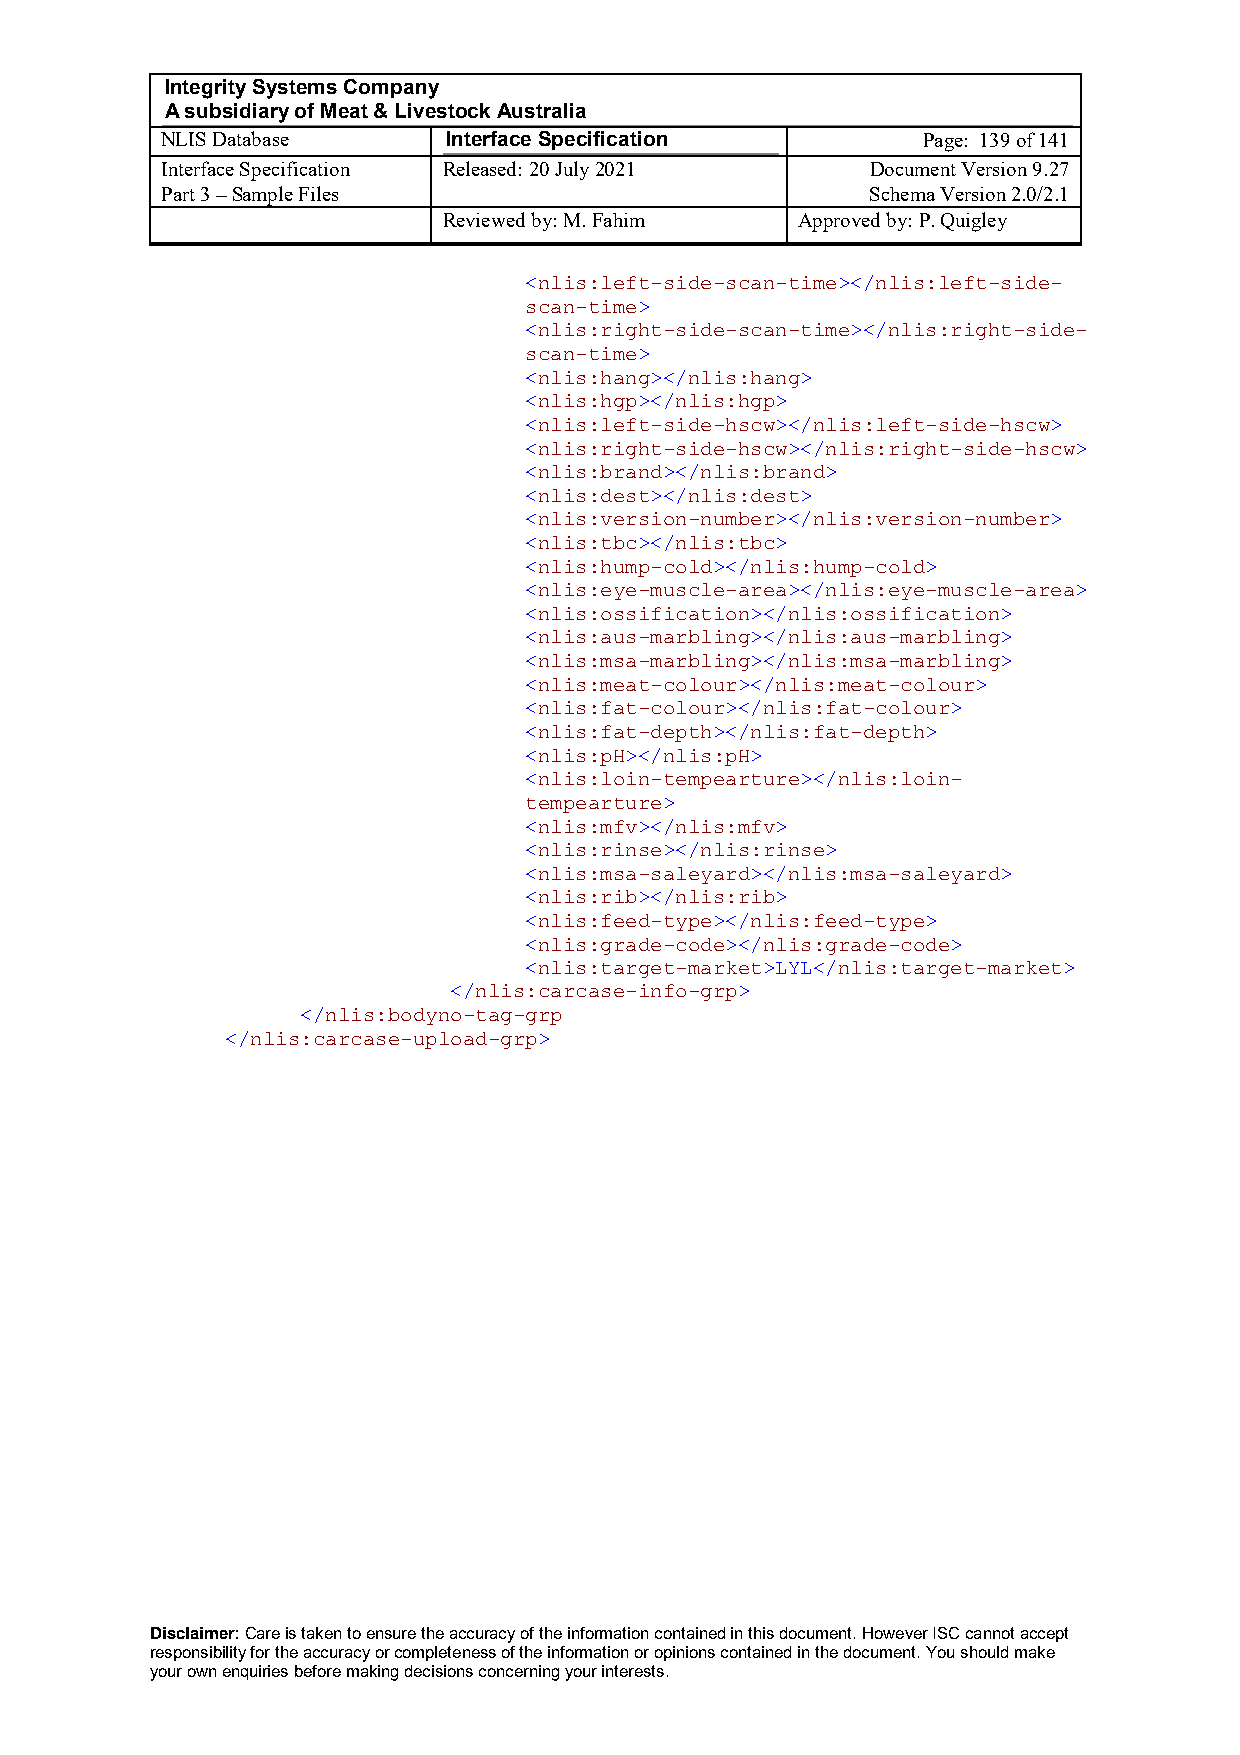
Integrity Systems Company
 A subsidiary of Meat & Livestock Australia
 NLIS Database      Interface Specification        Page: 139 of 141
 Interface Specification Released: 20 July 2021 Document Version 9.27
 Part 3 – Sample Files                          Schema Version 2.0/2.1
 Reviewed by: M. Fahim   Approved by: P. Quigley
 <nlis:left-side-scan-time></nlis:left-side-
 scan-time>
 <nlis:right-side-scan-time></nlis:right-side-
 scan-time>
 <nlis:hang></nlis:hang>
 <nlis:hgp></nlis:hgp>
 <nlis:left-side-hscw></nlis:left-side-hscw>
 <nlis:right-side-hscw></nlis:right-side-hscw>
 <nlis:brand></nlis:brand>
 <nlis:dest></nlis:dest>
 <nlis:version-number></nlis:version-number>
 <nlis:tbc></nlis:tbc>
 <nlis:hump-cold></nlis:hump-cold>
 <nlis:eye-muscle-area></nlis:eye-muscle-area>
 <nlis:ossification></nlis:ossification>
 <nlis:aus-marbling></nlis:aus-marbling>
 <nlis:msa-marbling></nlis:msa-marbling>
 <nlis:meat-colour></nlis:meat-colour>
 <nlis:fat-colour></nlis:fat-colour>
 <nlis:fat-depth></nlis:fat-depth>
 <nlis:pH></nlis:pH>
 <nlis:loin-tempearture></nlis:loin-
 tempearture>
 <nlis:mfv></nlis:mfv>
 <nlis:rinse></nlis:rinse>
 <nlis:msa-saleyard></nlis:msa-saleyard>
 <nlis:rib></nlis:rib>
 <nlis:feed-type></nlis:feed-type>
 <nlis:grade-code></nlis:grade-code>
 <nlis:target-market>LYL</nlis:target-market>
 </nlis:carcase-info-grp>
 </nlis:bodyno-tag-grp
 </nlis:carcase-upload-grp>
 Disclaimer: Care is taken to ensure the accuracy of the information contained in this document. However ISC cannot accept
 responsibility for the accuracy or completeness of the information or opinions contained in the document. You should make
 your own enquiries before making decisions concerning your interests.